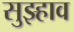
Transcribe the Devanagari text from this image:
सुझ्हाव